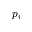
p _ { i }